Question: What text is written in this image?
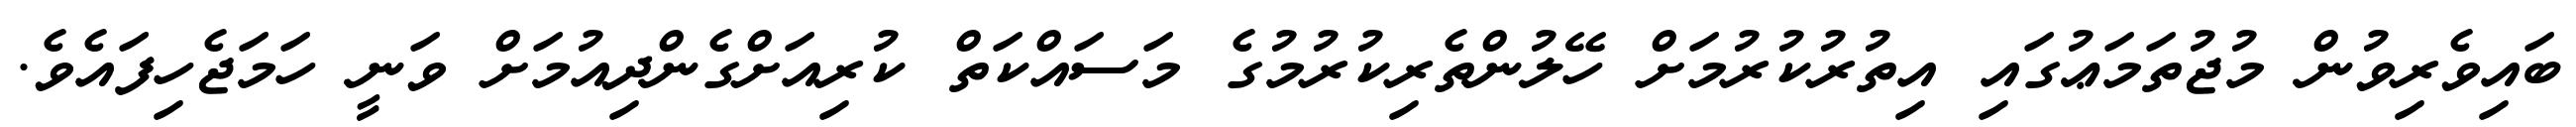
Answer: ބައިވެރިވުން މުޖުތަމަޢުގައި އިތުރުކުރުމަށް ހޭލުންތެރިކުރުމުގެ މަސައްކަތް ކުރިއަށްގެންދިއުމަށް ވަނީ ހަމަޖެހިފައެވެ.